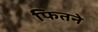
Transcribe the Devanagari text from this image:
फितने